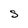
Character: S